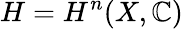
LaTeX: H=H^{n}(X,\mathbb{C})